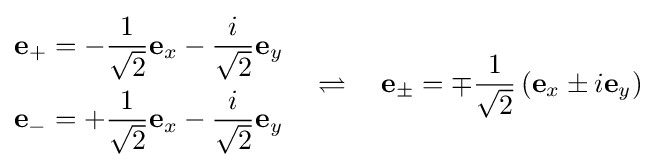
{\begin{aligned}\mathbf {e} _{+}&=-{\frac {1}{\sqrt {2}}}\mathbf {e} _{x}-{\frac {i}{\sqrt {2}}}\mathbf {e} _{y}\\\mathbf {e} _{-}&=+{\frac {1}{\sqrt {2}}}\mathbf {e} _{x}-{\frac {i}{\sqrt {2}}}\mathbf {e} _{y}\\\end{aligned}}\quad \rightleftharpoons \quad \mathbf {e} _{\pm }=\mp {\frac {1}{\sqrt {2}}}\left(\mathbf {e} _{x}\pm i\mathbf {e} _{y}\right)